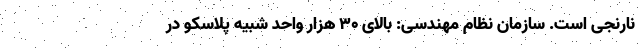
نارنجی است. سازمان نظام مهندسی: بالای ۳۰ هزار واحد شبیه پلاسکو در